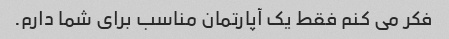
فکر می کنم فقط یک آپارتمان مناسب برای شما دارم.